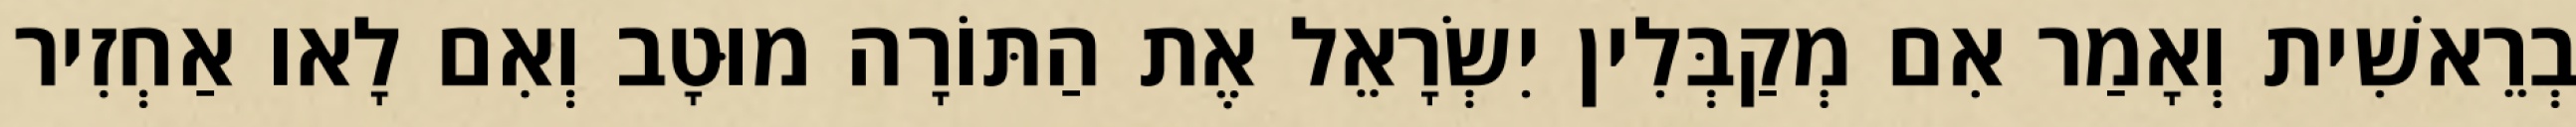
בְרֵאשִׁית וְאָמַר אִם מְקַבְּלִין יִשְׂרָאֵל אֶת הַתּוֹרָה מוּטָב וְאִם לָאו אַחְזִיר